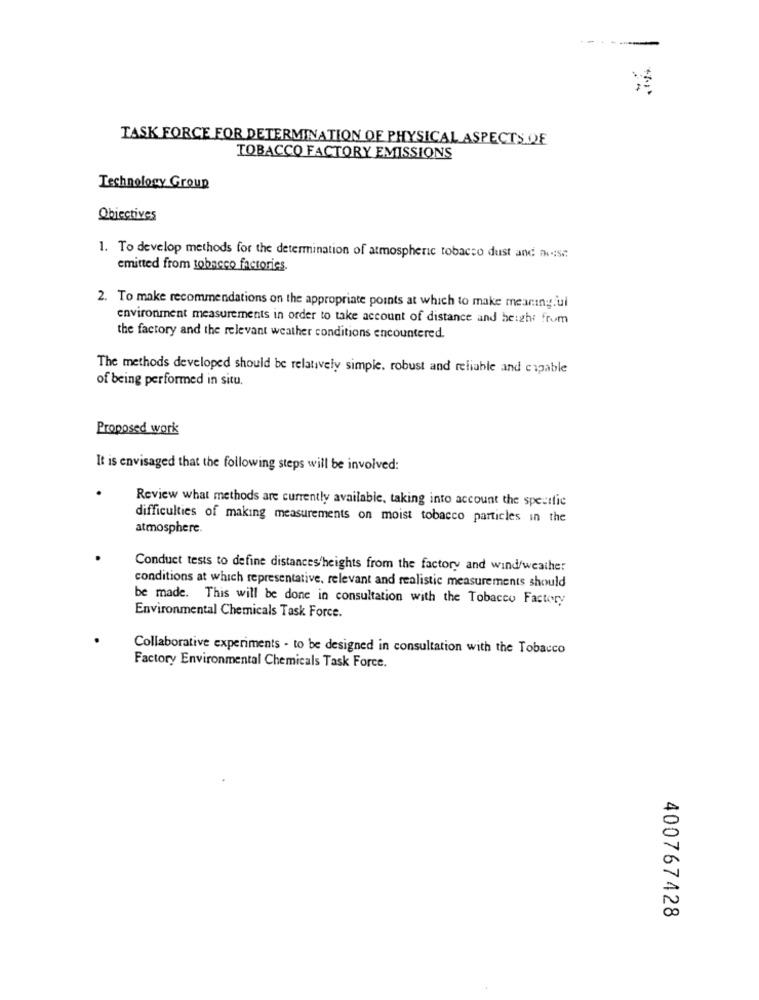
TASK FORCE FOR DETERMINATION OF PHYSICAL ASPECTS OF
TOBACCO FACTORY EMISSIONS
Technology Group
Objectives
1. To develop methods for the determination of atmospheric tobacco dust and mise
emitted from tobacco factories.
2. To make recommendations on the appropriate points at which to make meaningful
environment measurements in order to take account of distance and height from
the factory and the relevant weather conditions encountered.
The methods developed should be relatively simple, robust and reliable and capable
of being performed in situ.
Proposed work
It is envisaged that the following steps will be involved:
Review what methods are currently available, taking into account the specific
difficulties of making measurements on moist tobacco particles in the
atmosphere.
Conduct tests to define distances/heights from the factory and wind/weather
conditions at which representative, relevant and realistic measurements should
be made. This will be done in consultation with the Tobacco Factory
Environmental Chemicals Task Force.
Collaborative experiments - to be designed in consultation with the Tobacco
Factory Environmental Chemicals Task Force.
400767428